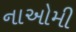
નાઓમી